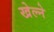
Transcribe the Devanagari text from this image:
खेल्ने